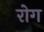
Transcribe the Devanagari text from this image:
रोग